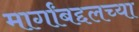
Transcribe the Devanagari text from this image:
मार्गांबद्दलच्या